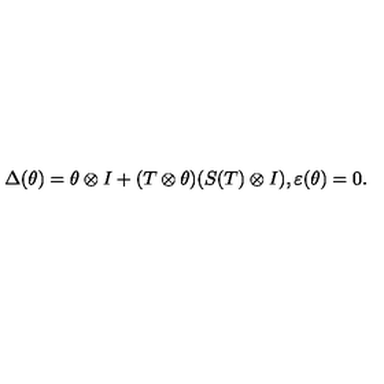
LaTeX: \Delta ( \theta ) = \theta \otimes I + ( T \otimes \theta ) ( S ( T ) \otimes I ) , \varepsilon ( \theta ) = 0 .